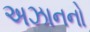
અઝાનનો